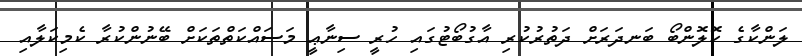
ލަންކާގެ ކޮލޮންބޯ ބަނދަރަށް ދަތުރުކުރި އާގުބޯޓުގައި ހުރީ ސިނާޢީ މަސައްކަތްތަކަށް ބޭނުންކުރާ ކެމިކަލާއި